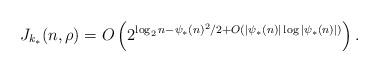
LaTeX: \begin{align*}J_{k_*}(n, \rho) = O\left( 2^{\log_2 n - \psi_*(n)^2/2 + O(|\psi_*(n)|\log |\psi_*(n)|)} \right).\end{align*}